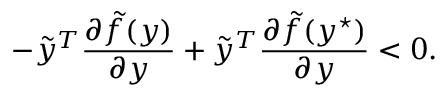
- \tilde { y } ^ { T } \frac { \partial \tilde { f } ( y ) } { \partial y } + \tilde { y } ^ { T } \frac { \partial \tilde { f } ( y ^ { \star } ) } { \partial y } < 0 .